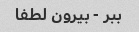
ببر - بیرون لطفا